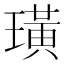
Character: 璜